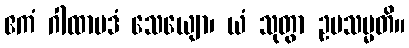
ဧကံ ဂါထာပဒံ သေယျော၊ ယံ သုတွာ ဥပသမ္မတိ။